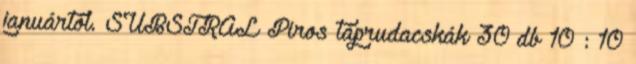
januártól. SUBSTRAL Piros táprudacskák 30 db 10 : 10